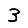
Digit: 3